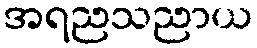
အရညသညာယ